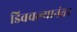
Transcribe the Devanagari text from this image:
डिवचल्यानंतर